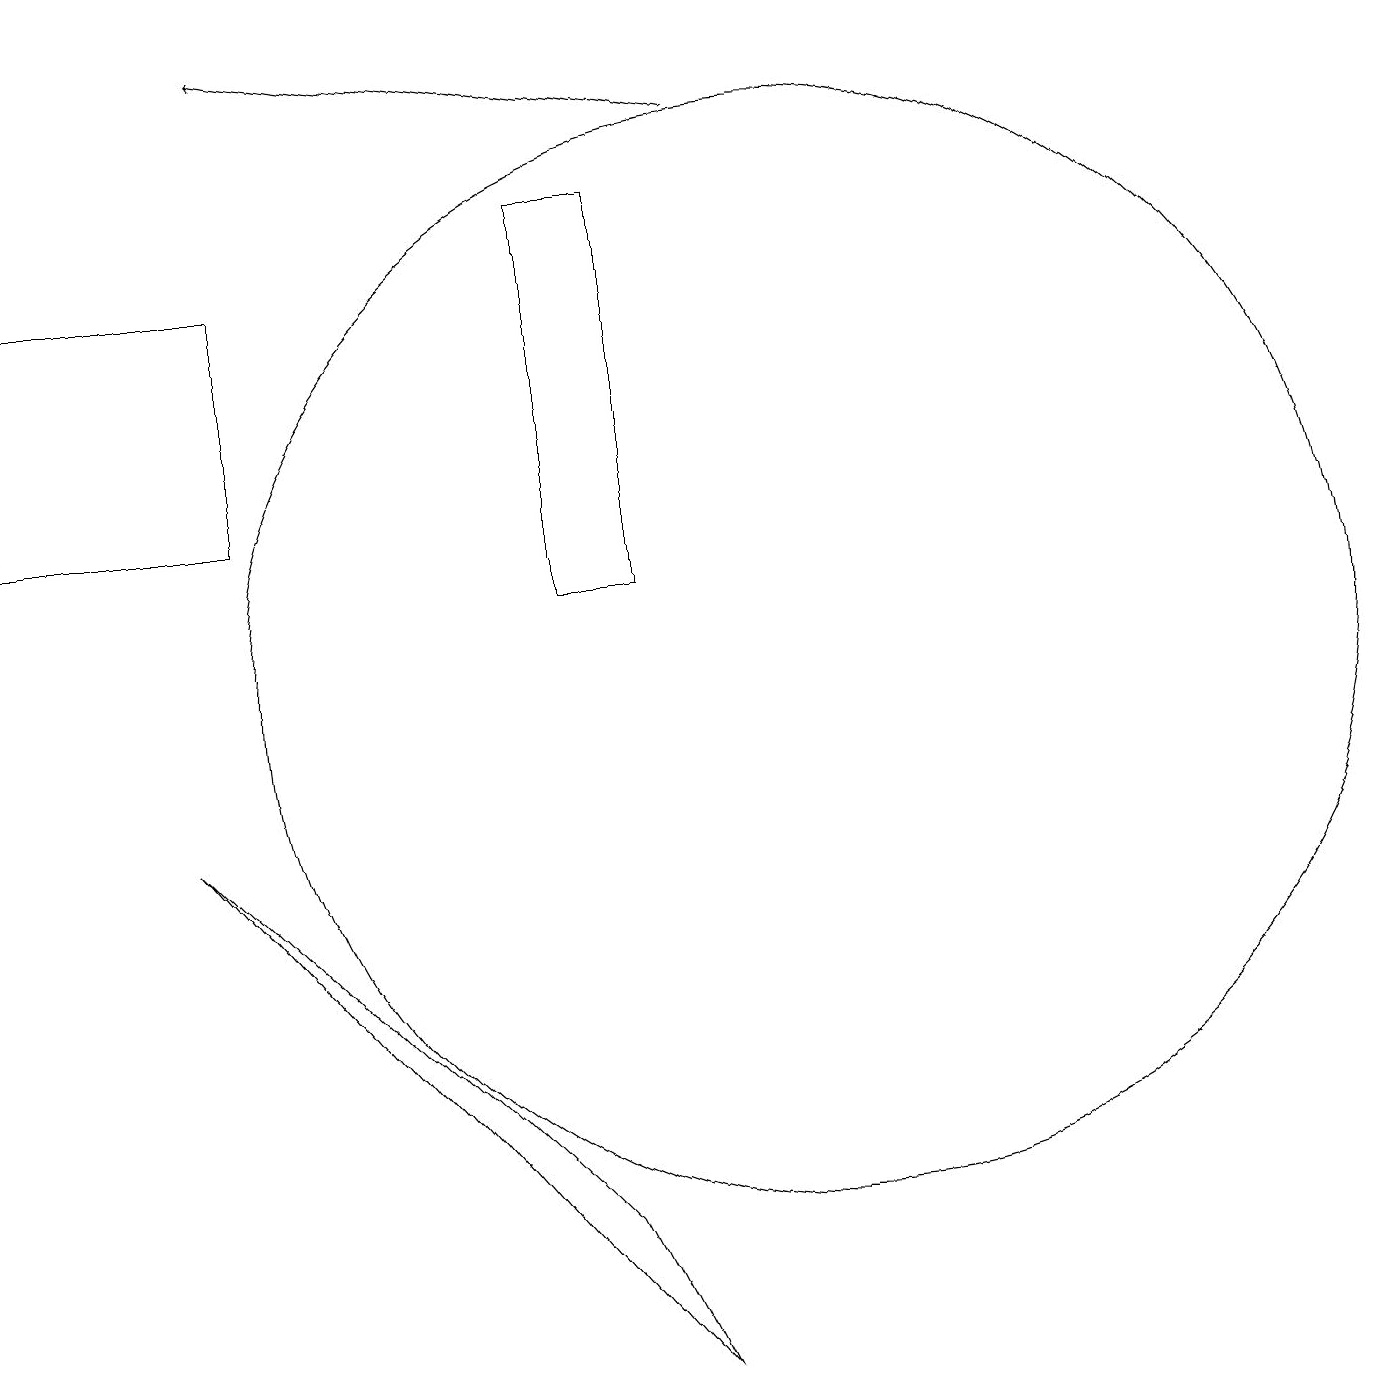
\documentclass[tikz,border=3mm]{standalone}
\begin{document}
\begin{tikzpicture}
\draw (3,12) rectangle (0,15);
\draw (7,3) -- (8,1) -- (2,8) -- cycle;
\draw[->] (9,17) -- (3,18);
\draw (7,11) rectangle (8,16);
\draw (10,10) circle (7);
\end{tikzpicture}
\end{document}